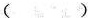
( )